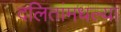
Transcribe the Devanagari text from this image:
दलितांमधल्या